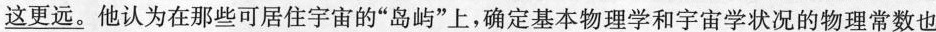
\underline{这更远}。他认为在那些可居住宇宙的”岛屿”上，确定基本物理学和宇宙学状况的物理常数也